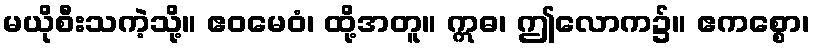
မယိုစီးသကဲ့သို့။ ဧဝမေဝံ၊ ထို့အတူ။ ဣဓ၊ ဤလောက၌။ ဧကစ္စော၊